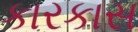
કારકાસ